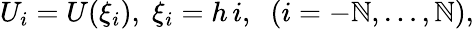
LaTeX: U_{i}=U(\xi_{i}),\; \xi_{i}=h\, i,\; \; (i=-\mathbb{N},\ldots,\mathbb{N}),